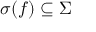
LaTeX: \sigma ( f ) \subseteq \Sigma